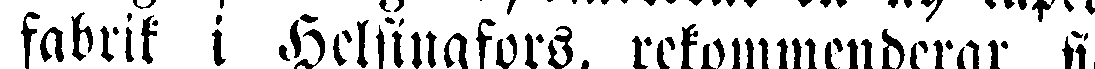
fabrik i Helsingfors, rekommenderar si